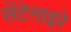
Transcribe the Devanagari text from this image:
सेंटेनाइरे